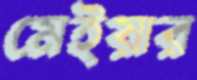
মেইয়ার